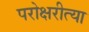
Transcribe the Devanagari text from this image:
परोक्षरीत्या